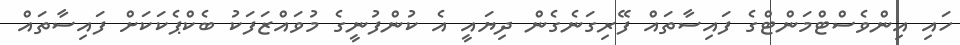
ހައި އިންވެސްޓްމަންޓްގެ ފައިސާތައް ފޭރިގަނެގެން ދިޔައީ އެ ކުންފުނީގެ މުވައްޒަފަކު ބެކްޕެކަކަށް ފައިސާތައް